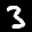
Label: 3